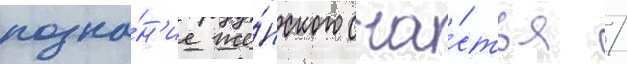
позна́н'ие же́нского сча́стья /